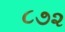
૮૭૨